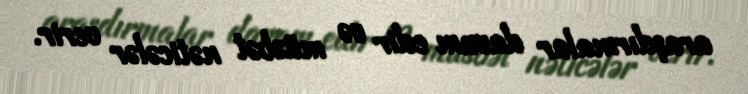
araşdırmalar davam edir və müsbət nəticələr verir.